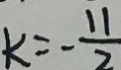
k = - \frac { 1 1 } { 2 }